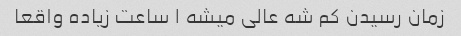
زمان رسیدن کم شه عالی میشه ١ ساعت زیاده واقعا